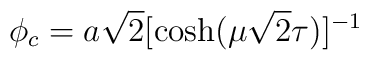
\phi_c = a\sqrt2[{\cosh(\mu\sqrt2\tau)}]^{-1}